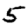
Digit: 5